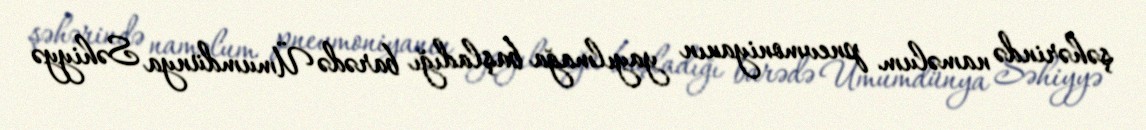
şəhərində naməlum pnevmoniyanın yayılmağa başladığı barədə Ümumdünya Səhiyyə